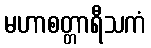
မဟာစတ္တာရီသကံ